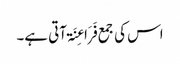
اس کی جمع فَرَاعِنَۃ آتی ہے۔